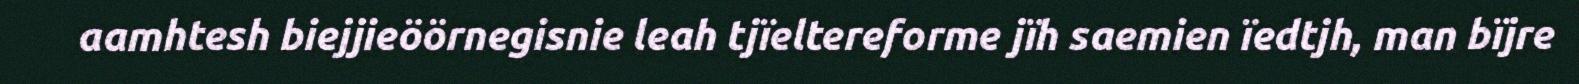
aamhtesh biejjieöörnegisnie leah tjïeltereforme jïh saemien ïedtjh, man bïjre